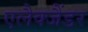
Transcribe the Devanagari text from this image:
एलैक्जैंडर